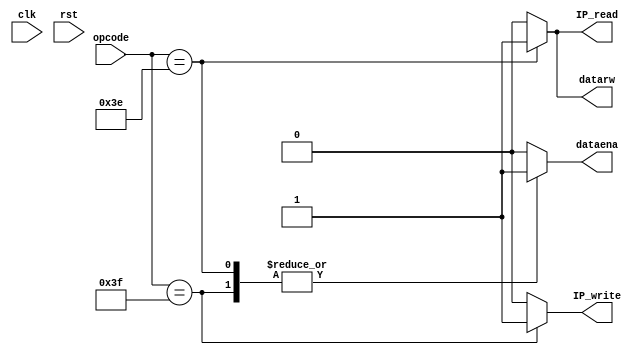
//+FHDR------------------------------------------------------------------  
// (C) Copyright Company National Cheng Kung University (NCKU)             
//  All Right Reserved                                                     
//-----------------------------------------------------------------------  
//  CONTACT INFORMATION: n26991784@mail.ncku.edu.tw                    
//-----------------------------------------------------------------------  
//  RELEASE VERSION: v1.0                                                  
//  VERSION DESCRIPTION:                         
//-----------------------------------------------------------------------  
//  RELEASE DATE:                                                          
//-----------------------------------------------------------------------  
//  PURPOSE:                                                              
//-----------------------------------------------------------------------  
//  PARAMETERS:                                                            
//         
//                               
//-FHDR------------------------------------------------------------------

`timescale 1ns/10ps

`define LWIP	6'b111111
`define SWIP	6'b111110

`define ip		5'b00000	//sel which ip

module ipdecoder(//output
				 datarw,
				 dataena,
				 IP_write,
				 IP_read,
						
				 //input
				 opcode, 
		//		 subopcode,
				 clk, 
				 rst
				 );

input clk;
input rst;
input [5:0] opcode;
//input [4:0] subopcode;

output reg datarw;	// datarw=1 write
output reg dataena; // dataena=1 read
output reg IP_write;
output reg IP_read;

always @ (*)
begin
	case(opcode)
	`LWIP	:	begin
				datarw = 0;
				dataena = 1;
				IP_write = 1;
				IP_read = 0;
				end
	`SWIP	:	begin
				datarw = 1;
				dataena = 1;
				IP_write = 0;
				IP_read = 1;
				end
	default	:	begin
				datarw = 0;
				dataena = 0;
				IP_write = 0;
				IP_read = 0;
				end
	endcase
end

endmodule